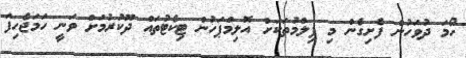
ހޯމަ ދުވަހުން ފެށިގެން މި ފިލްމުތަކަށް އޮލިމްޕަހުން ޓިކެޓުތައް ދޫކުރުމަށް ވަނީ ހަމަޖެހިފަ